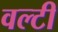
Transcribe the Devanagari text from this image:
वल्टी